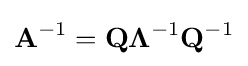
\mathbf {A} ^{-1}=\mathbf {Q} \mathbf {\Lambda } ^{-1}\mathbf {Q} ^{-1}